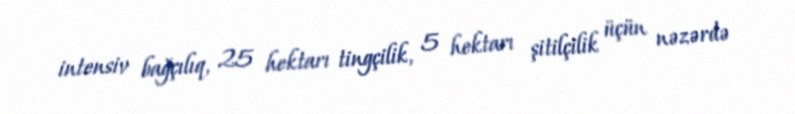
intensiv bağçılıq, 25 hektarı tingçilik, 5 hektarı şitilçilik üçün nəzərdə